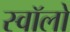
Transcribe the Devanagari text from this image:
स्वॉलो